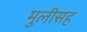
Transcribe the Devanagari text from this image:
मुलीसह